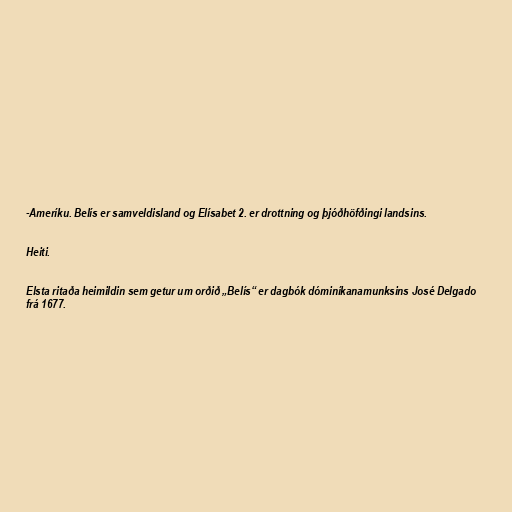
-Ameríku. Belís er samveldisland og Elísabet 2. er drottning og þjóðhöfðingi landsins.

Heiti.

Elsta ritaða heimildin sem getur um orðið „Belís“ er dagbók dóminíkanamunksins José Delgado
frá 1677.